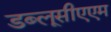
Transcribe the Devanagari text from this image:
डब्लूसीएएम